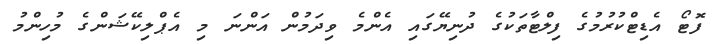
ފޮޓޯ އެޑިޓްކުރުމުގެ ފިލްޓާތަކުގެ ދުނިޔޭގައި އެންމެ ވިދަމުން އަންނަ މި އެޕްލިކޭޝަންގެ މުހިންމު